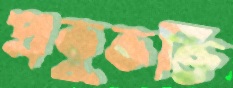
প্রভুভক্তি